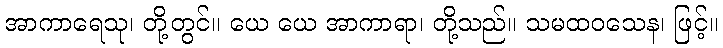
အာကာရေသု၊ တို့တွင်။ ယေ ယေ အာကာရာ၊ တို့သည်။ သမထဝသေန၊ ဖြင့်။